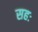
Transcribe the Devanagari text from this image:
सहः